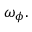
\omega _ { \phi } .